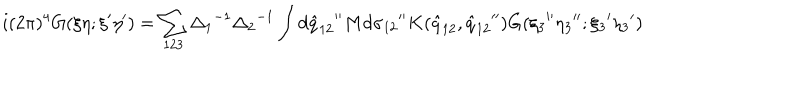
LaTeX: i ( 2 \pi ) ^ { 4 } G ( \xi \eta ; { \xi } ^ { \prime } { \eta } ^ { \prime } ) = \sum _ { 1 2 3 } { \Delta _ { 1 } } ^ { - 1 } { \Delta _ { 2 } } ^ { - 1 } \int d { { \hat { q } } _ { 1 2 } } ^ { \prime \prime } M d { \sigma _ { 1 2 } } ^ { \prime \prime } K ( { \hat { q } } _ { 1 2 } , { { \hat { q } } _ { 1 2 } } ^ { \prime \prime } ) G ( { \xi _ { 3 } } ^ { \prime \prime } { \eta _ { 3 } } ^ { \prime \prime } ; { \xi _ { 3 } } ^ { \prime } { \eta _ { 3 } } ^ { \prime } )